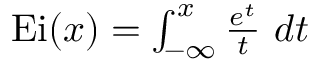
\begin{array} { r } { \mathrm { E i } ( x ) = \int _ { - \infty } ^ { x } \frac { e ^ { t } } { t } ~ d t } \end{array}